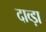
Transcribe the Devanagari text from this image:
दाव्ड़ा